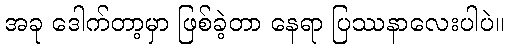
အခု ဒေါက်တာ့မှာ ဖြစ်ခဲ့တာ နေရာ ပြဿနာလေးပါပဲ။